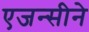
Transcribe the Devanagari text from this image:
एजन्सीने